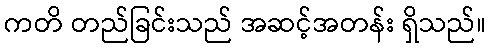
ကတိ တည်ခြင်းသည် အဆင့်အတန်း ရှိသည်။